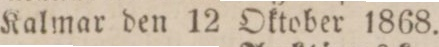
Kalmar den 12 Oktober 1868.